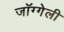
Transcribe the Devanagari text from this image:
जॉग्गेली